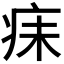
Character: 𪽬